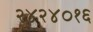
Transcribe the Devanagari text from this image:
२४२४०१६